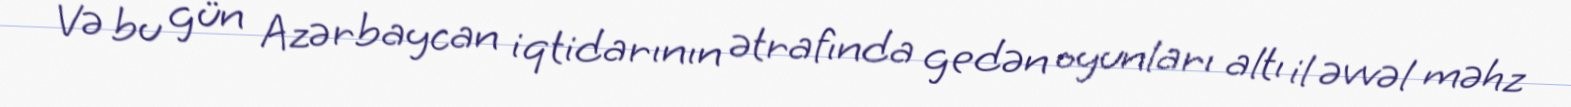
Və bu gün Azərbaycan iqtidarının ətrafında gedən oyunları altı il əvvəl məhz